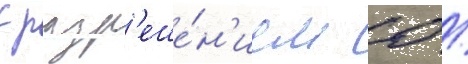
с разр'еше́н'ием 0 /